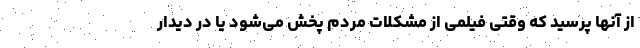
از آنها پرسید که وقتی فیلمی از مشکلات مردم پخش می‌شود یا در دیدار